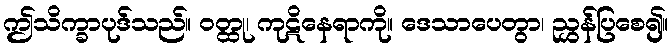
ဤသိက္ခာပုဒ်သည်။ ဝတ္ထု၊ ကုဋိနေရာကို။ ဒေသာပေတွာ၊ ညွှန်ပြစေ၍။